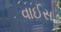
વાઈસ